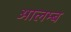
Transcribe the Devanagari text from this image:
आलम्ब